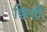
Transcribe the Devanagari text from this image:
छित्तरे